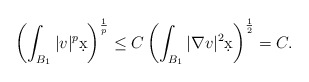
\begin{align*}\left( \int_{B_1} |v|^p \d x \right)^{\frac{1}{p}} \leq C \left( \int_{B_1} |\nabla v|^2 \d x \right)^{\frac{1}{2}} = C.\end{align*}